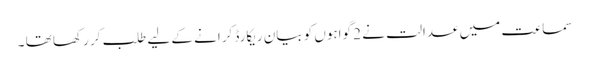
سماعت میں عدالت نے 2 گواہوں کو بیان ریکارڈ کرانے کے لیے طلب کر رکھا تھا ۔